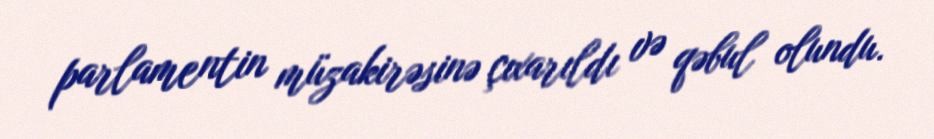
parlamentin müzakirəsinə çıxarıldı və qəbul olundu.